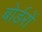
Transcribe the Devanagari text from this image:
बोर्डरों